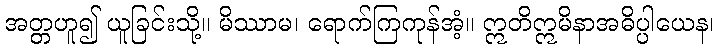
အတ္တဟူ၍ ယူခြင်းသို့။ မိဿာမ၊ ရောက်ကြကုန်အံ့။ ဣတိဣမိနာအဓိပ္ပါယေန၊